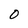
Character: 0